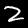
Digit: 2